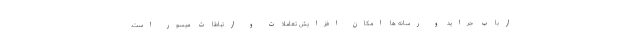
ارباب جراید و رسانه ها امکان افزایش تعاملات و ارتباطات میسور است.